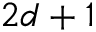
2 d + 1